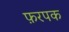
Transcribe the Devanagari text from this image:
फ़रपक